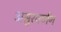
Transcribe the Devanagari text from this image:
असुरवर्णन